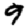
Digit: 9